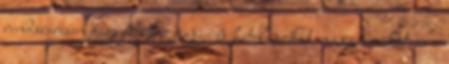
rendszeresen figyeljük a napi- és hetilapokat, magazinokat, és a